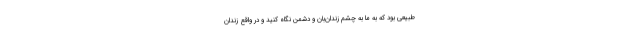
طبیعی بود که به ما به چشم زندان‌بان و دشمن نگاه کنید و در واقع زندان